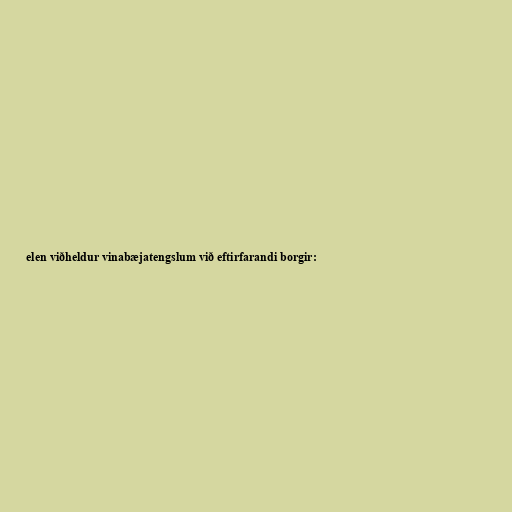
elen viðheldur vinabæjatengslum við eftirfarandi borgir: